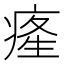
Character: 𤷬